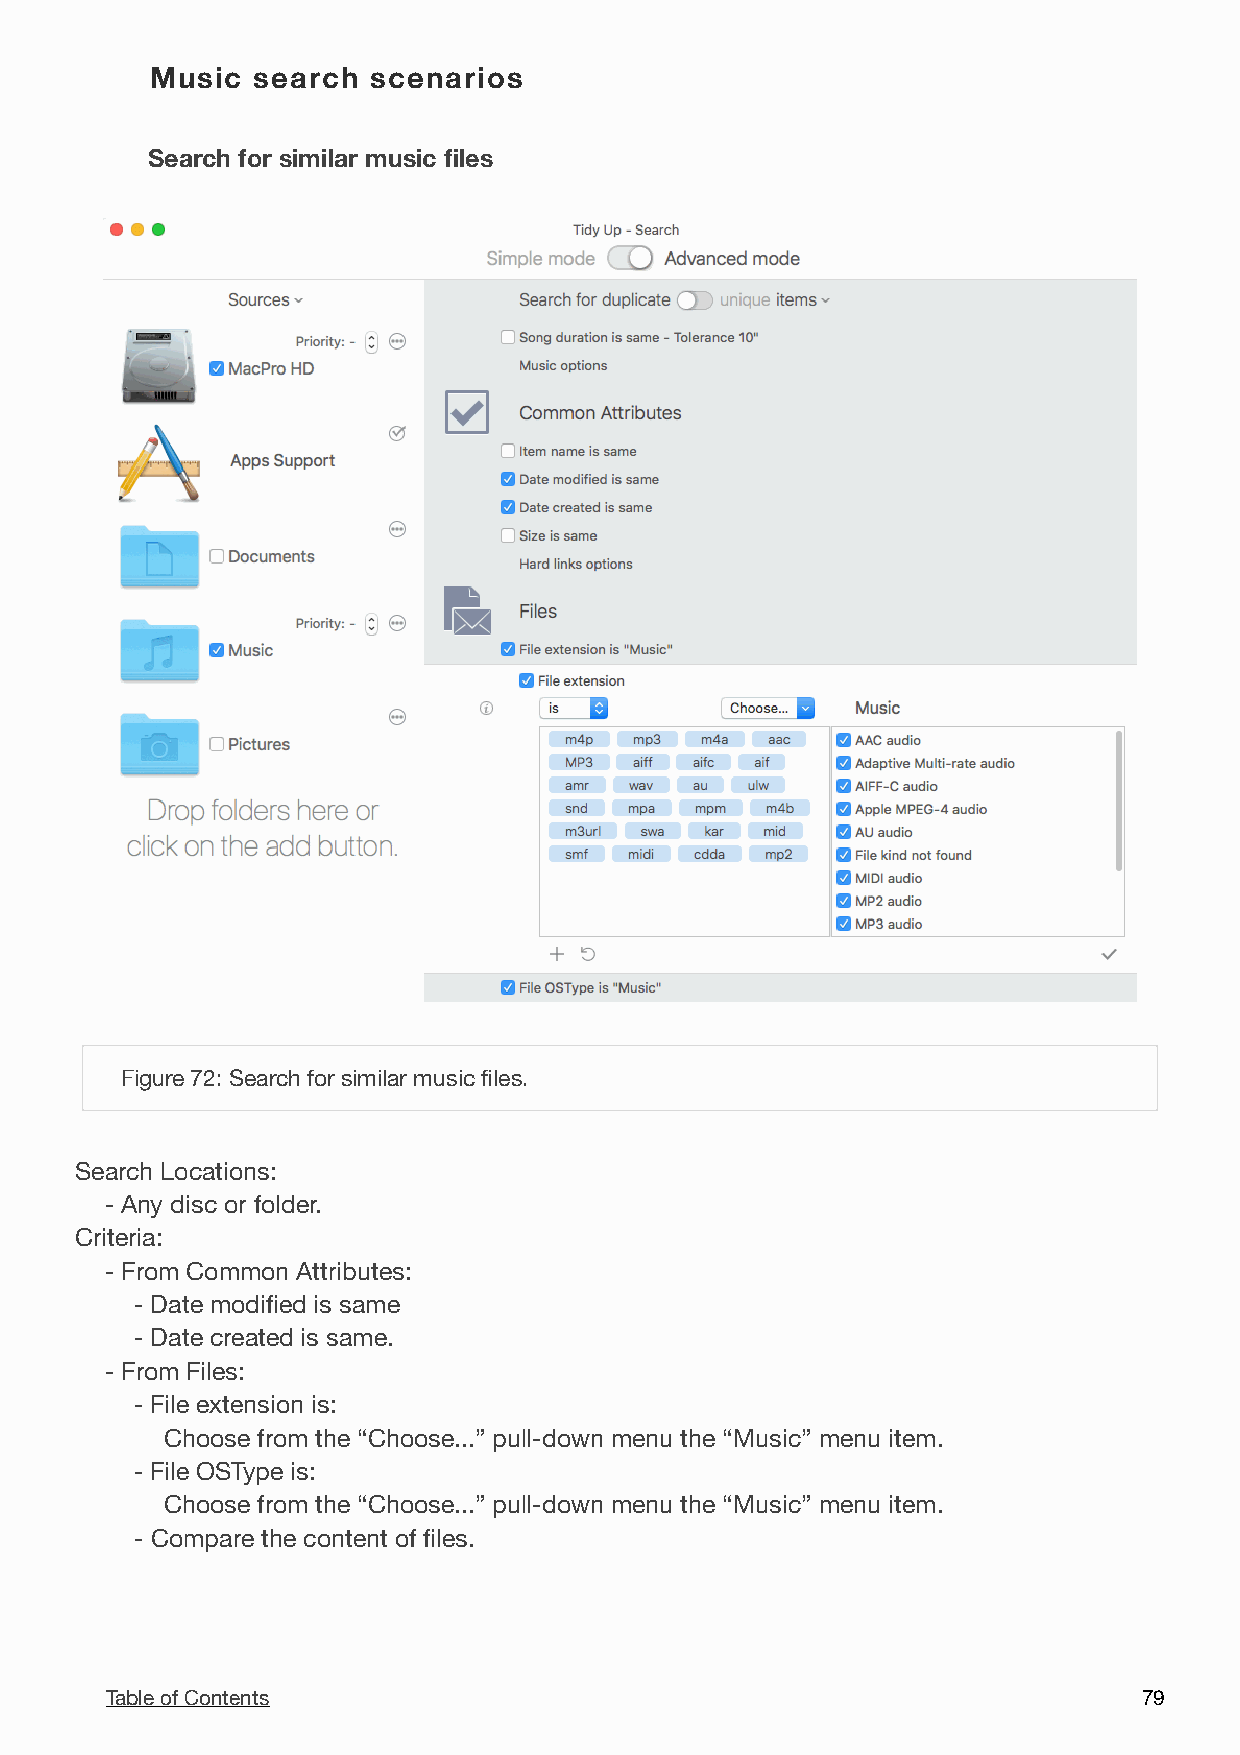
Music  search  scenarios
 Search for similar music files
 !
 Figure 72: Search for similar music files.
 Search Locations:
 - Any disc or folder.
 Criteria:
 - From Common Attributes:
 - Date modified is same
 - Date created is same.
 - From Files:
 - File extension is:
 Choose from the “Choose...” pull-down menu the “Music” menu item.
 - File OSType is:
 Choose from the “Choose...” pull-down menu the “Music” menu item.
 - Compare the content of files.
 Table of Contents                                                    7 9